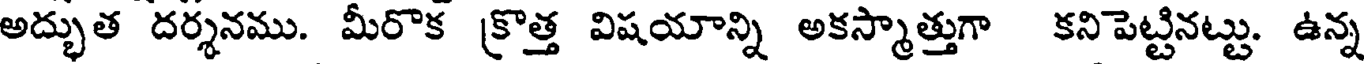
అద్భుత దర్శనము. మీరొక క్రొత్త విషయాన్ని అకస్మాత్తుగా కనిపెట్టినట్టు. ఉన్న